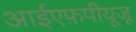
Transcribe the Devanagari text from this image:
आईएफ़पीयूजू